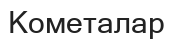
Кометалар